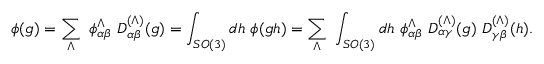
\phi ( g ) = \sum _ { \Lambda } \ \phi _ { \alpha \beta } ^ { \Lambda } \ D _ { \alpha \beta } ^ { ( \Lambda ) } ( g ) = \int _ { S O ( 3 ) } d h \ \phi ( g h ) = \sum _ { \Lambda } \ \int _ { S O ( 3 ) } d h \ \phi _ { \alpha \beta } ^ { \Lambda } \ D _ { \alpha \gamma } ^ { ( \Lambda ) } ( g ) \ D _ { \gamma \beta } ^ { ( \Lambda ) } ( h ) .